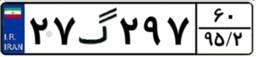
۵۵گ۳۹۷۲۸